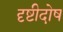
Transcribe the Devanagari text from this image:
दृष्टीदोष